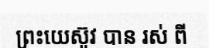
ព្រះយេស៊ូវ បាន រស់ ពី